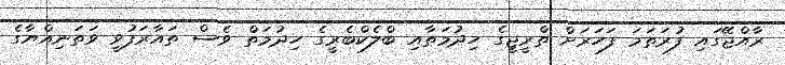
ރާއްޖޭގައި ފުރަތަމަ ފަހަރަށް ތްރީޖީގެ ހިދުމަތާއި ބްލެކްބެރީގެ ހިދުމަތް ވެސް ތައާރަފުވީ ވަތަނިއްޔާގެ